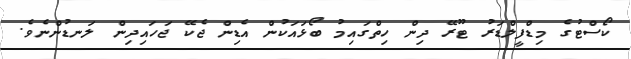
ކޯސްޓުގެ މިޑްފީލްޑަރު ޓޫރޭ ދިން ހިތްގައިމު ބޯޅައަކުން އެޑިން ޖެކޭ ޖަހައިދިން ލަނޑުންނެވެ.